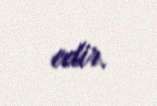
edir.